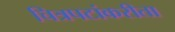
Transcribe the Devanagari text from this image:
चित्रपटांकरीता